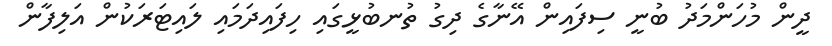
ދީން މުހަންމަދު ބުނީ ސިފައިން އޭނާގެ ދިގު ތުނބުޅީގައި ހިފައިދަމައި ލައިޓަރަކުން އަލިފާން